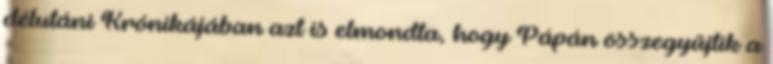
délutáni Krónikájában azt is elmondta, hogy Pápán összegyűjtik a